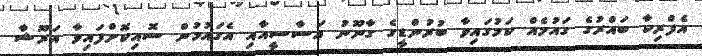
އެފްރިކާ ބައްރުގެ ގައުމެއް ކަމުގައިވާ ބުރުންޑީގެ ގާނޫނު އަސާސީއާއި އެގައުމުން ސޮއިކޮށްފައިވާ އަރޫޝާ